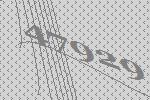
47929